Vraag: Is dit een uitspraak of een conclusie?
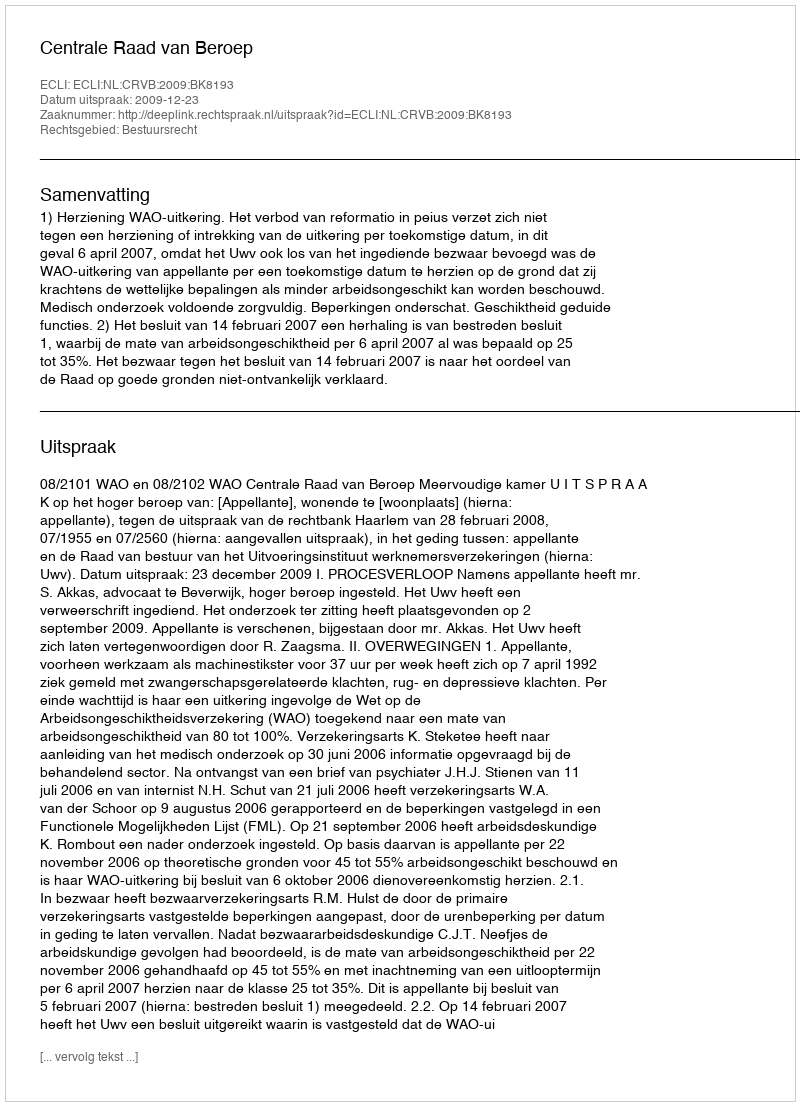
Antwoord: Uitspraak